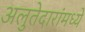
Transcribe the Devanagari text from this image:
अलुतेदारांमध्ये